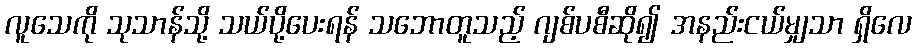
လူသေကို သုသာန်သို့ သယ်ပို့ပေးရန် သဘောတူသည့် ဂျစ်ပစီဆို၍ အနည်းငယ်မျှသာ ရှိလေ